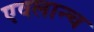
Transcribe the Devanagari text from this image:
एवलान्च